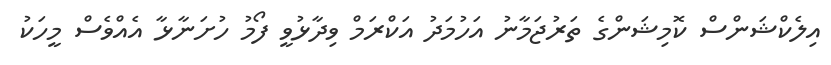
އިލެކްޝަންސް ކޮމިޝަންގެ ތަރުޖަމާނު އަހުމަދު އަކްރަމް ވިދާޅުވީ ފޯމު ހުށަނާޅާ އެއްވެސް މީހަކު